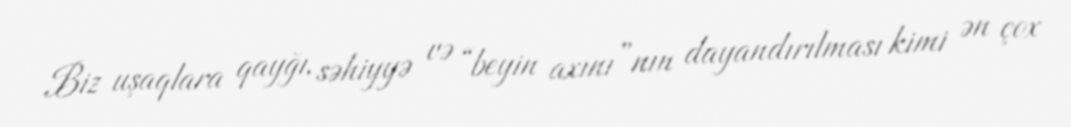
Biz uşaqlara qayğı, səhiyyə və “beyin axını”nın dayandırılması kimi ən çox